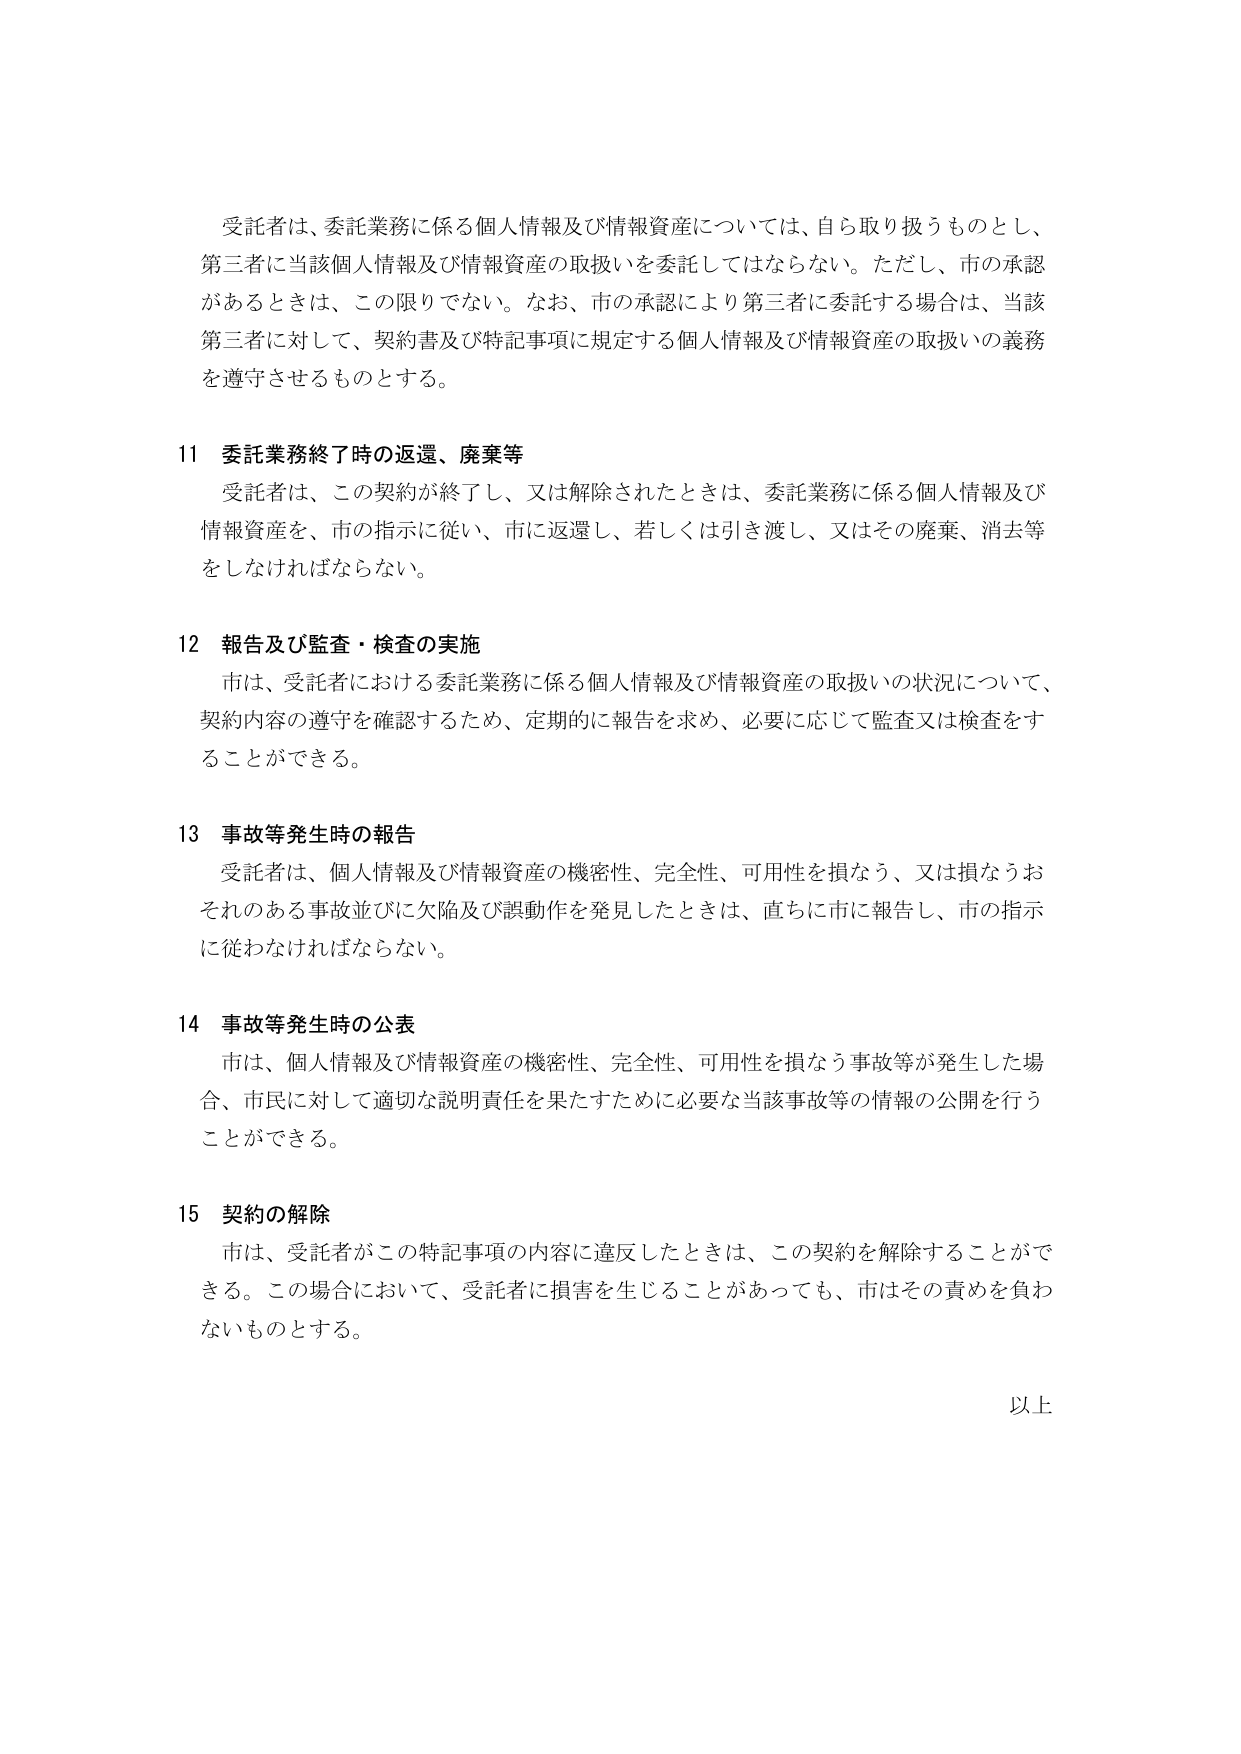
受託者は、委託業務に係る個人情報及び情報資産については、自ら取り扱うものとし、第三者に当該個人情報及び情報資産の取扱いを委託してはならない。ただし、市の承認があるときは、この限りでない。なお、市の承認により第三者に委託する場合は、当該第三者に対して、契約書及び特記事項に規定する個人情報及び情報資産の取扱いの義務を遵守させるものとする。

11 委託業務終了時の返還、廃棄等
受託者は、この契約が終了し、又は解除されたときは、委託業務に係る個人情報及び情報資産を、市の指示に従い、市に返還し、若しくは引き渡し、又はその廃棄、消去等をしなければならない。

12 報告及び監査・検査の実施
市は、受託者における委託業務に係る個人情報及び情報資産の取扱いの状況について、契約内容の遵守を確認するため、定期的に報告を求め、必要に応じて監査又は検査をすることができる。

13 事故等発生時の報告
受託者は、個人情報及び情報資産の機密性、完全性、可用性を損なう、又は損なうおそれのある事故並びに欠陥及び誤動作を発見したときは、直ちに市に報告し、市の指示に従わなければならない。

14 事故等発生時の公表
市は、個人情報及び情報資産の機密性、完全性、可用性を損なう事故等が発生した場合、市民に対して適切な説明責任を果たすために必要な当該事故等の情報の公開を行うことができる。

15 契約の解除
市は、受託者がこの特記事項の内容に違反したときは、この契約を解除することができる。この場合において、受託者に損害を生じることがあっても、市はその責めを負わないものとする。

以上